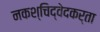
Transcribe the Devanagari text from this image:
नकश्चिद्वेदकर्ता